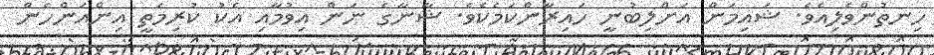
ހިނތުންވެލިއެވެ. ޝައިމަން އަށްލިބުނީ ހައިރާންކަމެކެވެ. ޝާނާގެ ނަން އިވުމާއި އެކު ކުރިމަތީ އިންއަންހެން